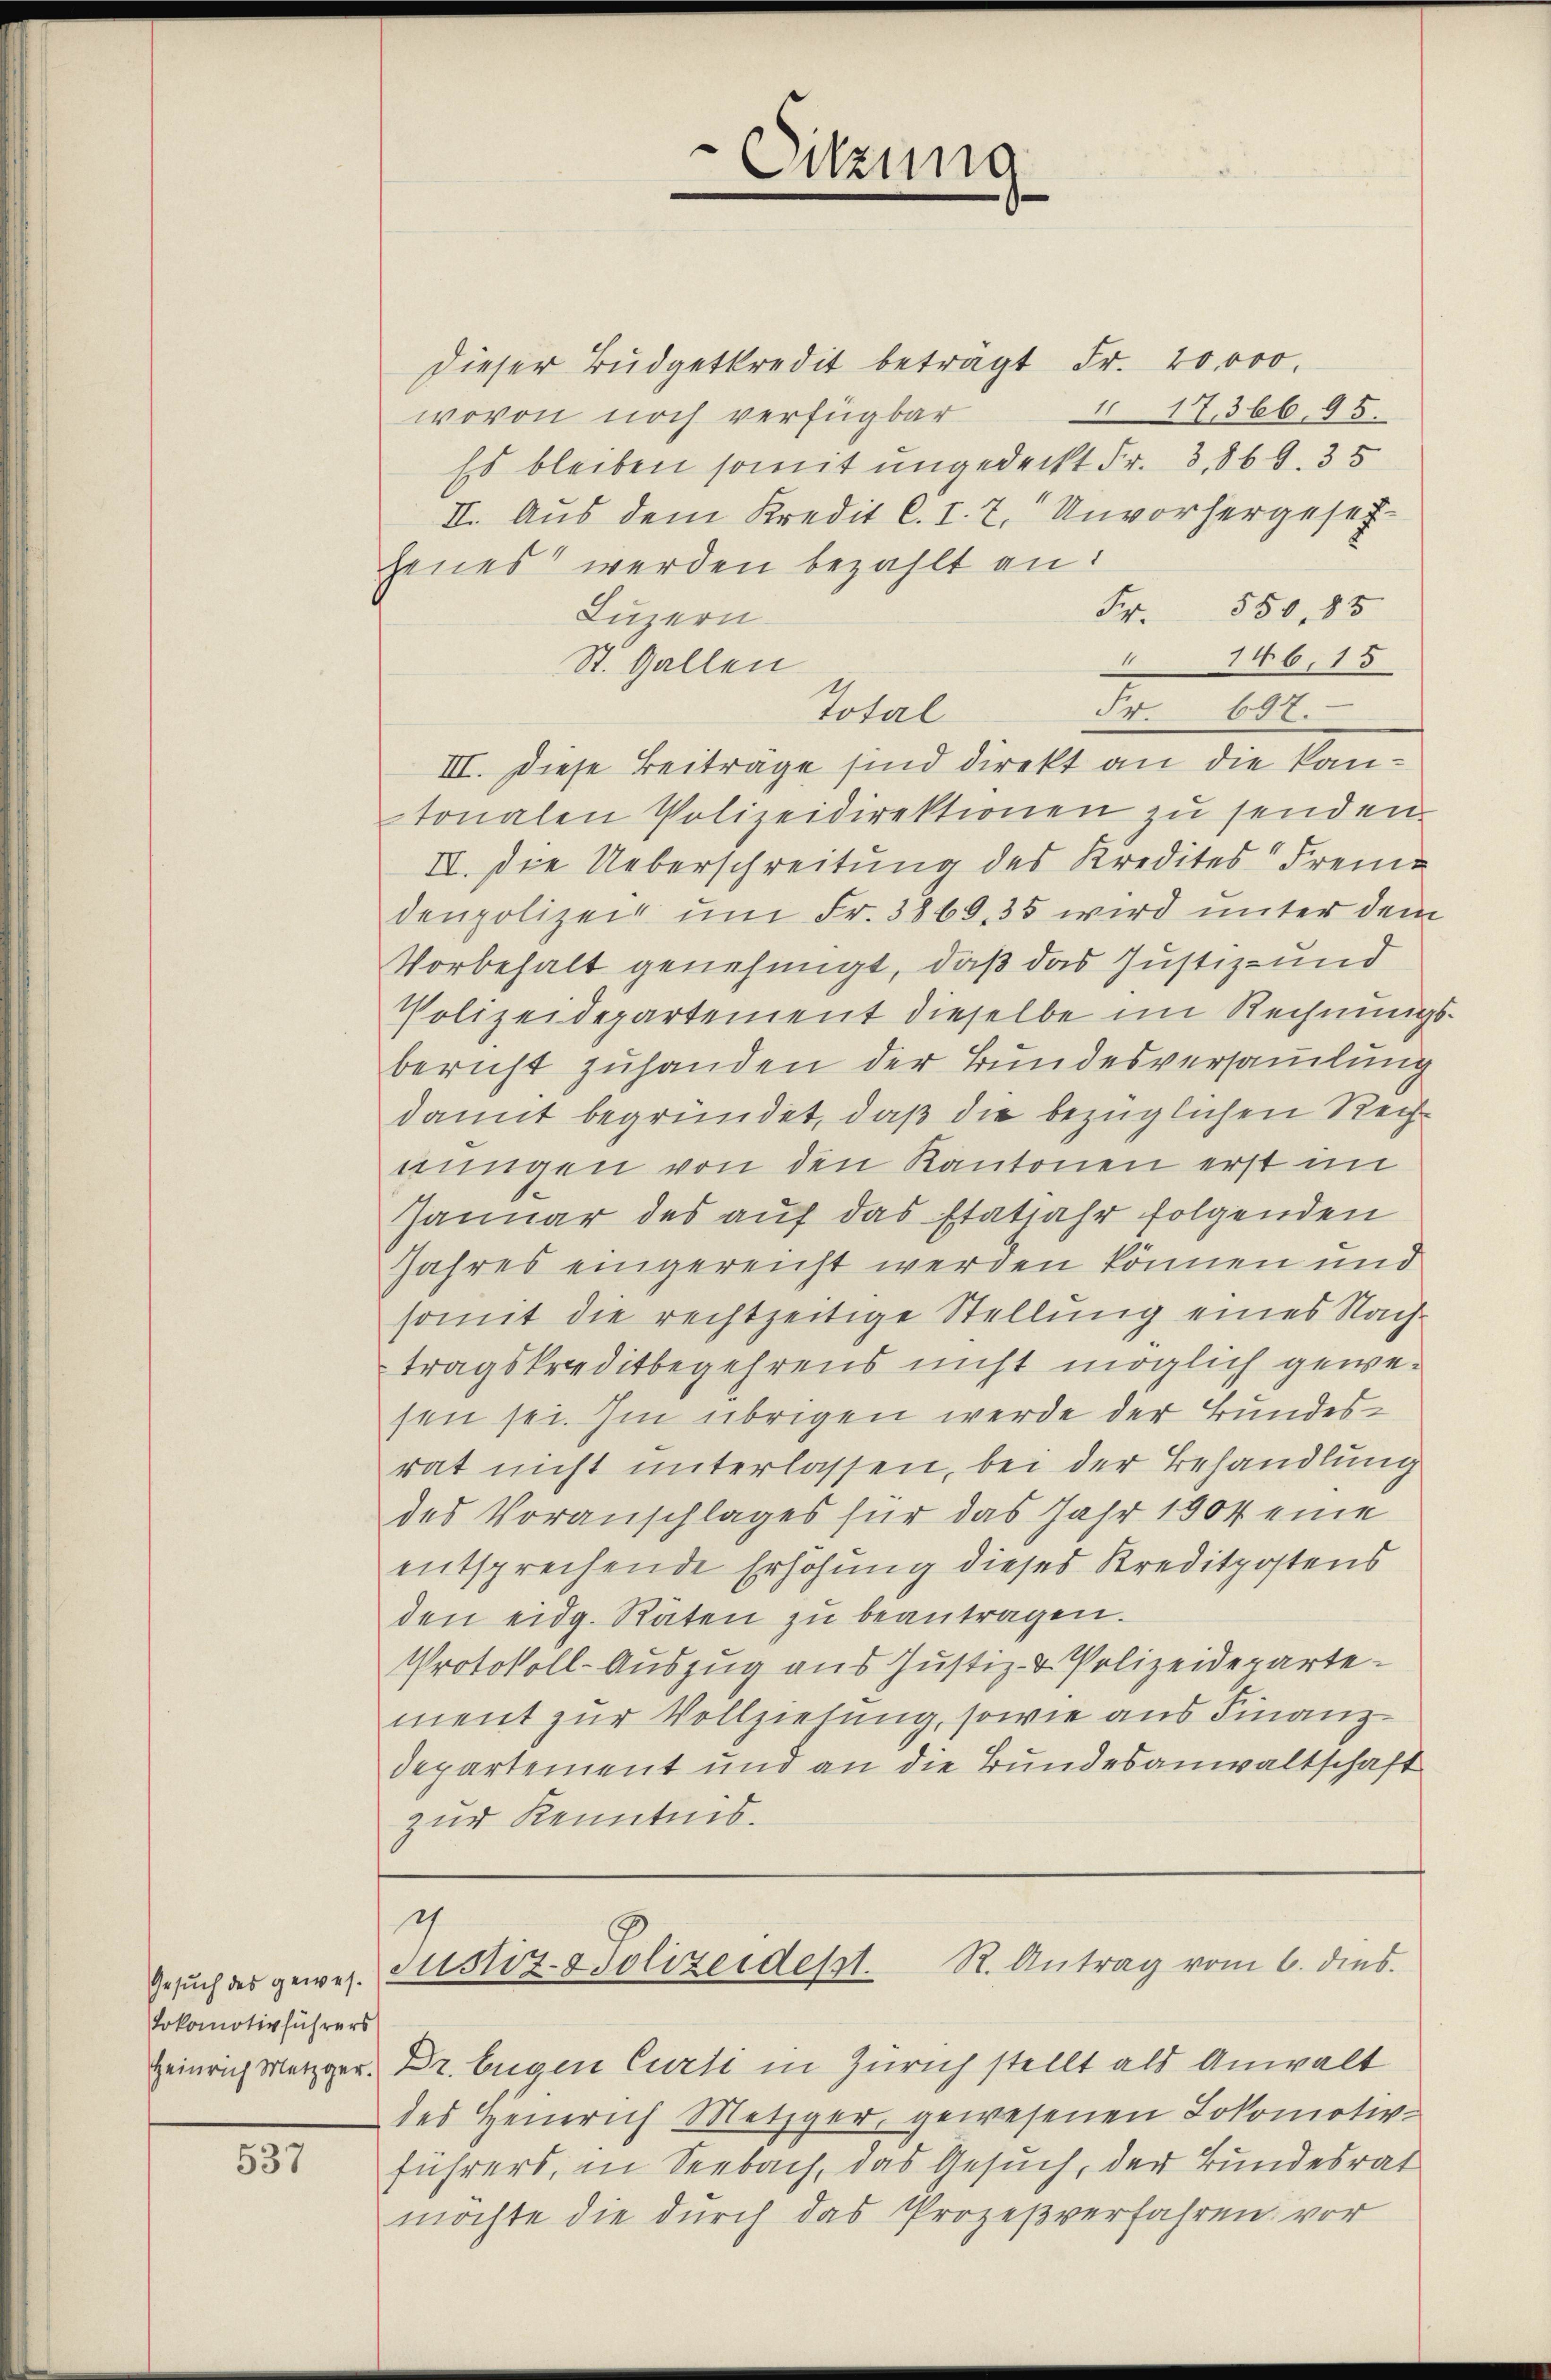
537

Gesuch des gewes¬
Lokomotivführers
Heinrich Metzger.

dieser Budgetkredit beträgt Fr. 20000.
I17,366. 95.
wovon noch verfügbar
Es bleiben somit ungedeckt Fr. 3. 869. 35
II. Aus dem Kredit C. I. 7. Unvorhergesetz-
henes werden bezahlt an:
Fr. 550. 85
Luzern
11
146, 15
St. Gallen
Total
Fr. 607.
III. Diese Beiträge sind direkt an die kantonalen Polizeidirektionen zu senden
IV. Die Ueberschreitung des Kredites Frem
denpolizei um Fr. 3869, 35 wird unter dem
Vorbehalt genehmigt, daß das Justiz- und
Polizeidepartement dieselbe im Rechnungsbericht zuhanden der Bundesversamlung
damit begründet, daß die bezüglichen Rechnungen von den Kantonen erst im
Januar des auf das Etatjahr folgenden
Jahres eingereicht werden können und
somit die rechtzeitige Stellung eines Nachtragskreditbegehrens nicht möglich gewesen sei. Im übrigen werde der Bundesrat nicht unterlassen, bei der Behandlung
des Voranschlages für das Jahr 1904 eine
entsprechende Erhöhung dieses Kreditpostens
den eidg. Räten zu beantragen.
Protokoll-Auszug aus Justiz- u. Polizeideparte
ment zur Vollziehung, sowie aus Finanz-
departement und an die Bundesanwaltschaft
zur Kenntnis.
h
R. Antrag vom 6. dies
Justiz- & Polizeidest.
Dr. Eugen Curti in Zürich stellt als Anwalt
des Henrich Metzger, gewesenen Lokomotiv-
führers, in Seebach, das Gesuch, der Bundesrat
möchte die durch das Prozeßverfahren vor

Sitzung